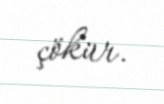
çökür.